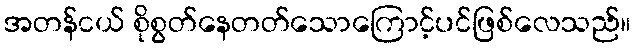
အတန်ငယ် စိုစွတ်နေတတ်သောကြောင့်ပင်ဖြစ်လေသည်။